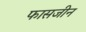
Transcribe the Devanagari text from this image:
फासजीन